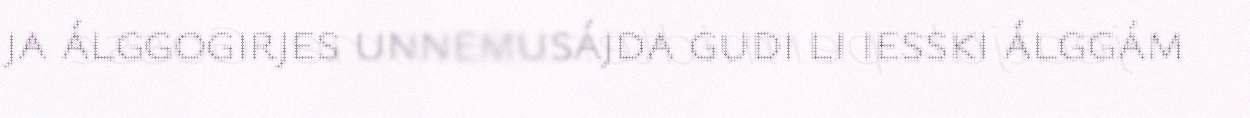
ja álggogirjes unnemusájda gudi li iesski álggám